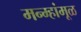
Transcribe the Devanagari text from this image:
मन्म्हांमूळ